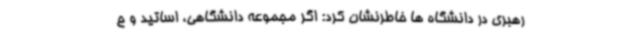
رهبری در دانشگاه ها خاطرنشان کرد: اگر مجموعه دانشگاهی، اساتید و ح